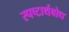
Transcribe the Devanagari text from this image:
स्पष्टार्थबोध